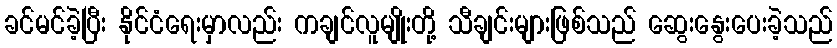
ခင်မင်ခဲ့ပြီး နိုင်ငံရေးမှာလည်း ကချင်လူမျိုးတို့ သီချင်းများဖြစ်သည် ဆွေးနွေးပေးခဲ့သည်